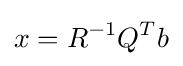
x=R^{-1}Q^{T}b